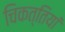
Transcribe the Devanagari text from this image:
चिकत्तियां